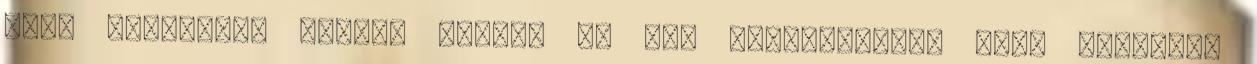
hogy használ-e valaki videót és élő közvetítést, mert mindenki